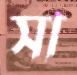
সা